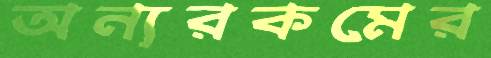
অন্যরকমের